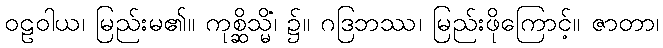
ဝဠဝါယ၊ မြည်းမ၏။ ကုစ္ဆိသ္မိံ၊ ၌။ ဂဒြဘဿ၊ မြည်းဖိုကြောင့်။ ဇာတာ၊